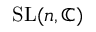
\mathrm { S L } ( n , \mathbb { C } )